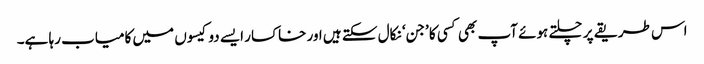
اس طریقے پر چلتے ہوئے آپ بھی کسی کا ’جن‘ نکال سکتے ہیں اور خاکسار ایسے دو کیسوں میں کامیاب رہا ہے۔